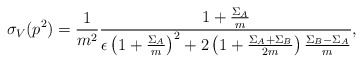
\begin{align*}\sigma_V(p^2) = \frac{1}{m^2}\frac{1 + \frac{\Sigma_A}{m}} {\epsilon\left(1 + \frac{\Sigma_A}{m}\right)^2 + 2\left(1 + \frac{\Sigma_A + \Sigma_B}{2m}\right) \frac{\Sigma_B - \Sigma_A}{m}},\end{align*}